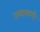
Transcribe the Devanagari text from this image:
तयालागी